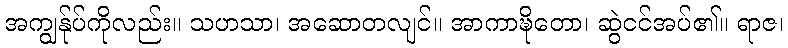
အကျွန်ုပ်ကိုလည်း။ သဟသာ၊ အဆောတလျင်။ အာကာဍ္ဎိတော၊ ဆွဲငင်အပ်၏။ ရာဇ၊